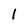
Character: l